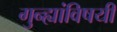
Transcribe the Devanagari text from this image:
गुन्ह्यांविषयी